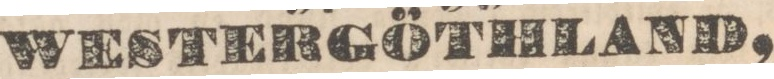
WESTERGÖTHLAND,